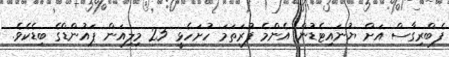
ފެބްރިގާސް އަށް ޔުނައިޓެޑުން އެންމެ ފުރަތަމަ ހުށަހެޅީ 25 މިލިއަން ޕައުންޑްގެ ބިޑެކެވެ.